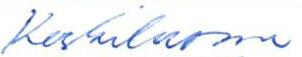
Keskiluoma